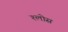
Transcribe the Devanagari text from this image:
श्लोस